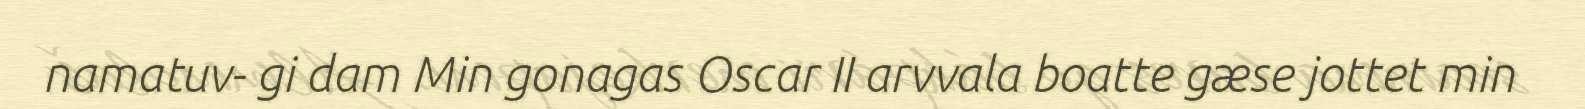
namatuv- gi dam Min gonagas Oscar II arvvala boatte gæse jottet min